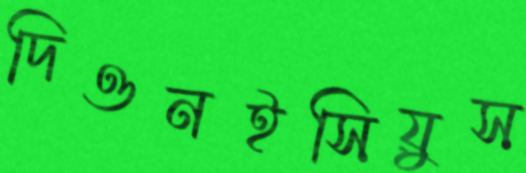
দিওনইসিয়ুস